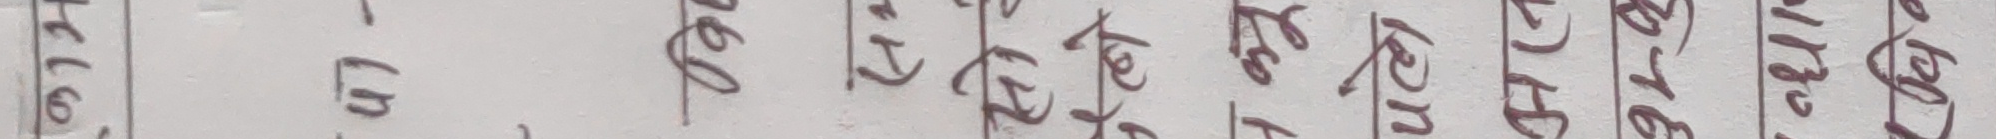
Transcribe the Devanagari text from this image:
पछसम
em
१०२५७
१६२६
४३५९
१६३७
३२४१
२१७३
४१६८
२३८५
६१७९
३१९४